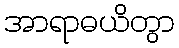
အာရာဓယိတွာ